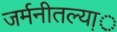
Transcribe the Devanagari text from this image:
जर्मनीतल्या़़